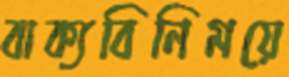
বাক্যবিনিময়ে